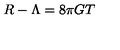
R - \Lambda = 8 \pi G T